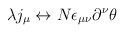
\begin{align*}\lambda j_{\mu} \leftrightarrow N\epsilon_{\mu\nu}\partial^{\nu}\theta\end{align*}